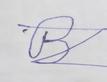
Signature authenticity: forged